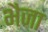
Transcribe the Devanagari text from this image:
भैजा